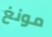
مونغ